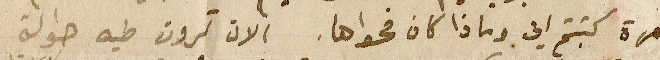
مرة كتبتم الي وماذا كان فحواها. الان ترون طيه حوالة